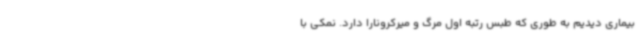
بیماری دیدیم به طوری که طبس رتبه اول مرگ و میرکرونارا دارد. نمکی با